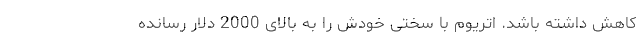
کاهش داشته باشد. اتریوم با سختی خودش را به بالای 2000 دلار رسانده